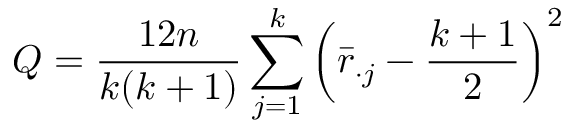
Q = { \frac { 1 2 n } { k ( k + 1 ) } } \sum _ { j = 1 } ^ { k } \left( { \bar { r } } _ { \cdot j } - { \frac { k + 1 } { 2 } } \right) ^ { 2 }